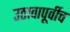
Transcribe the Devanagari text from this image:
उठावापूर्वीच